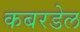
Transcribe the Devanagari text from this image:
कबरडेल